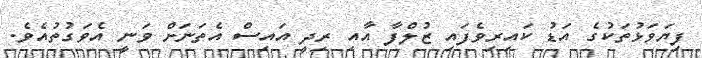
ފިޔަވަޅުތަކުގެ އަޑު ކައިރިވެފައި ޒުލްފާ އާއި ރިދީ އައިސް އެތަނަށް ވަނީ އެވަގުތުއެވެ.